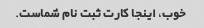
خوب، اینجا کارت ثبت نام شماست.